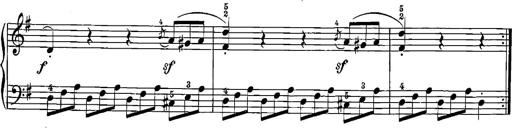
Title: 12 Sonatinas
Composer: Ignaz Pleyel